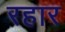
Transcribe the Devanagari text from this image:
रहार